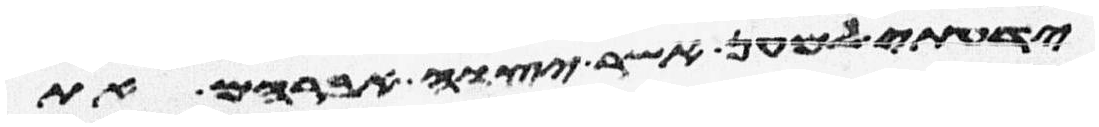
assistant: ידעתי למען אשר יצוה אברהם את